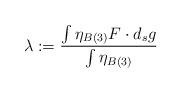
LaTeX: \begin{align*} \lambda := \frac{\int \eta_{B(3)} F \cdot d_s g}{\int \eta_{B(3)}} \end{align*}